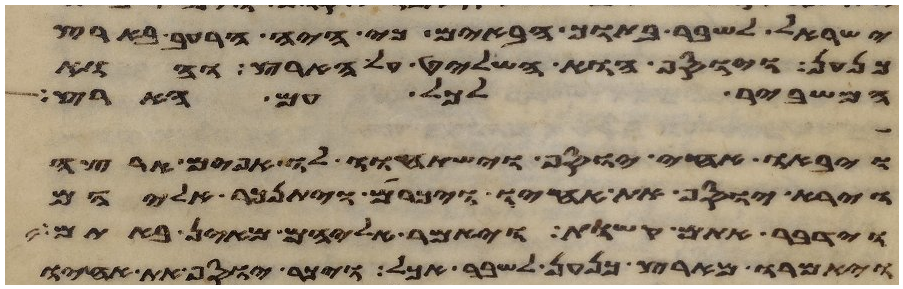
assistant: ישראל לשבר בתוך הבאים כי היה הרעב בארץ
כנען ויוסף הוא השליט על הארץ והוא
המשביר לכל עם הארץ
ויבאו אחי יוסף וישתחוו לו אפים ארצה
וירא יוסף את אחיו ויכרם ויתנכר אליהם
וידבר אתם קשות ויאמר אליהם מאין באתם
ויאמרו מארץ כנען לשבר אכל ויכר יוסף את אחיו